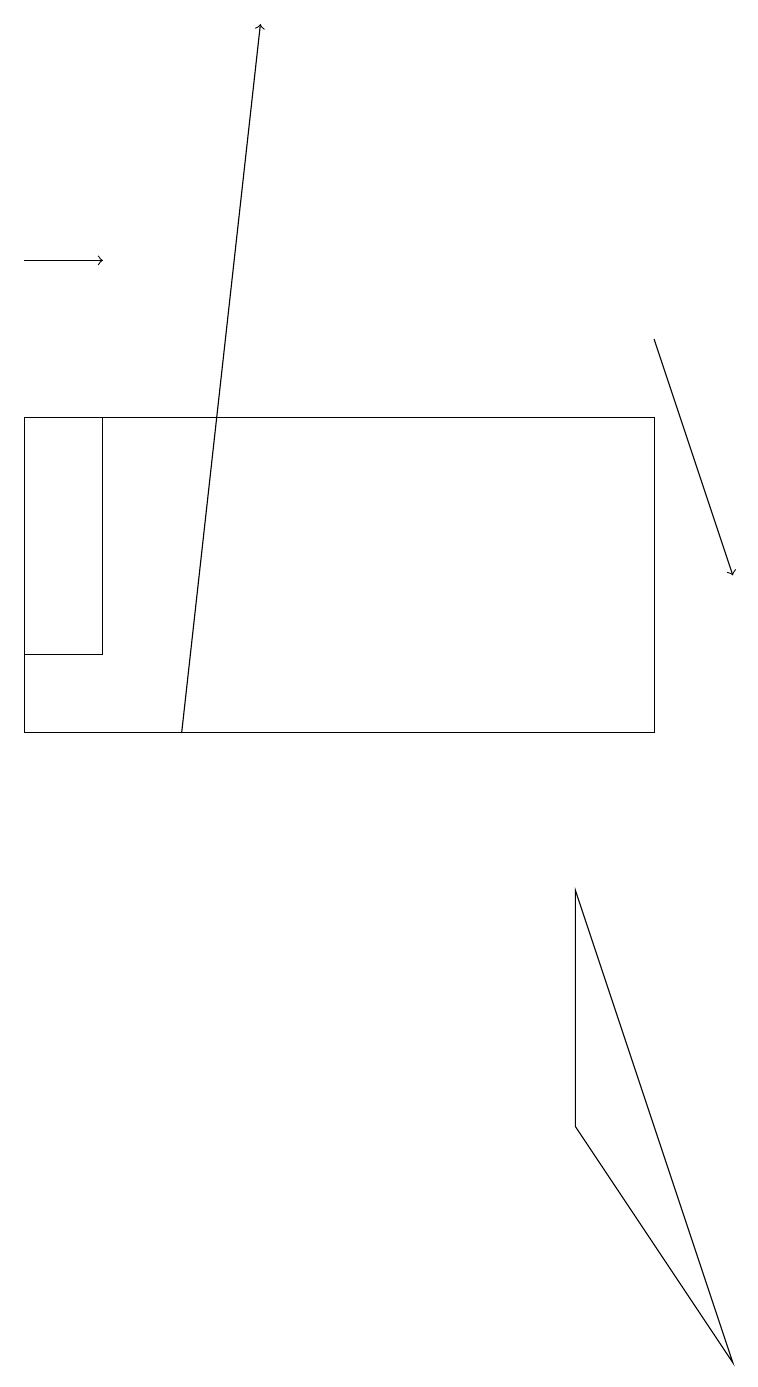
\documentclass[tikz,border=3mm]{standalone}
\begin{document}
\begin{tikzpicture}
\draw[->] (2,10) -- (3,19);
\draw (0,14) rectangle (8,10);
\draw[->] (0,16) -- (1,16);
\draw (1,14) rectangle (0,11);
\draw[->] (8,15) -- (9,12);
\draw (9,2) -- (7,8) -- (7,5) -- cycle;
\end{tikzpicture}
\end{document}